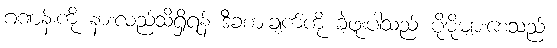
ဂဏန်းကို နားလည်သိရှိရန် ဒီခံစားချက်ကို ခဲ့ဖူးပါသည် ပိုမိုများစေသည်